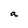
Character: a